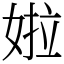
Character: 𡝰